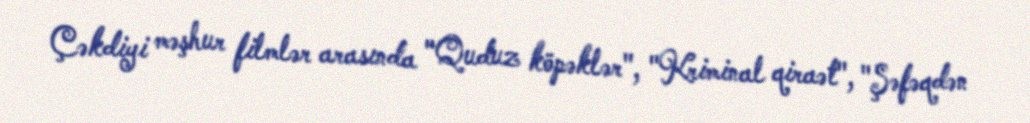
Çəkdiyi məşhur filmlər arasında "Quduz köpəklər", "Kriminal qiraət", "Şəfəqdən